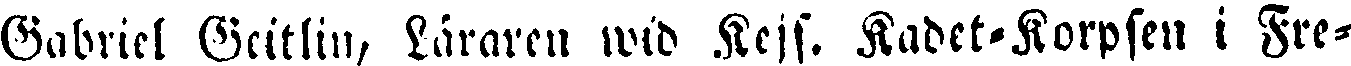
Gabriel Geitlin, Läraren wid Kejs. Kadet-Korpsen i Fre-